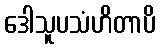
ဒေါသူပသံဟိတာပိ